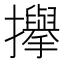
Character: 㩮